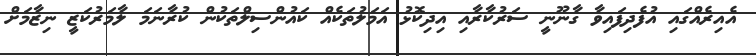
އެއިރެއްގައި އުފެދިފައިވާ ގާނޫނީ ސަރުކާރާއި އިދިކޮޅު އަމަލުތަކެއް ކައުންސިލްތަކުން ކުރާނަމަ ލާމަރުކަޒީ ނިޒާމަށް